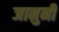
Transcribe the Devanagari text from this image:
जानुनी